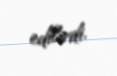
edilirdi.